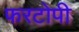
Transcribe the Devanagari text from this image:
फरटोपी